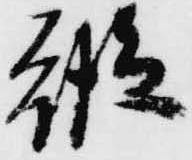
縦